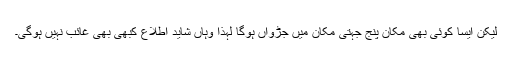
لیکن ایسا کوئی بھی مکان پنج جہتی مکان میں جڑواں ہوگا لہٰذا وہاں شاید اطلاع کبھی بھی غائب نہیں ہوگی۔